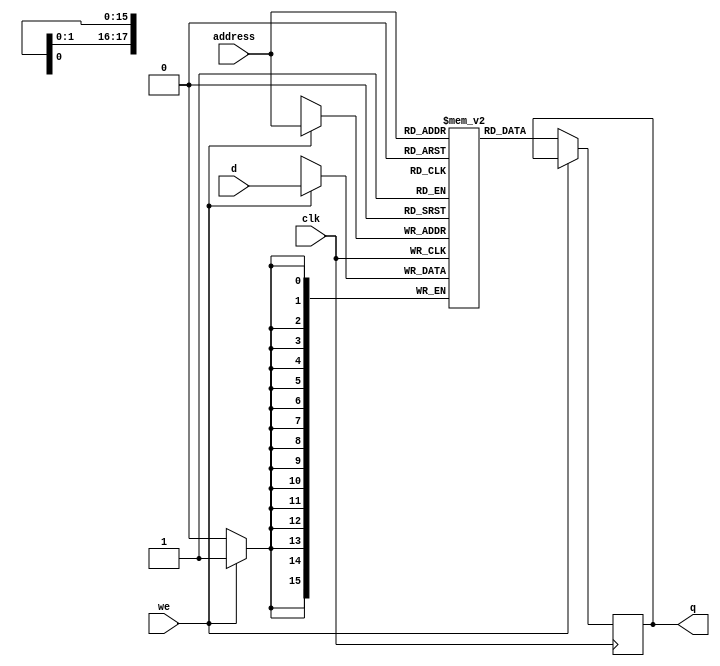
//SRAMA
module sram_weight1(
clk,
we,
d,
address,
q
);

input clk;	
input we;		//if(we) > [write enable] else > [read enable]
input signed [15:0] d; 	//data input (high impedance for this design)
input [17:0] address;	//memory address
output reg signed [15:0] q; 	//output

reg signed [15:0] mem [0:156799];  

always @(posedge clk)
begin 
	if (we == 1)begin 
	mem[address] <= d; 

	end else if(we == 0)begin 
	q <= mem[address]; 
	end 
end

endmodule